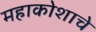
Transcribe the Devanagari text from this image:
महाकोशाचे